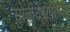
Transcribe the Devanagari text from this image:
गोबीचेट्टीपलायम